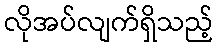
လိုအပ်လျက်ရှိသည့်